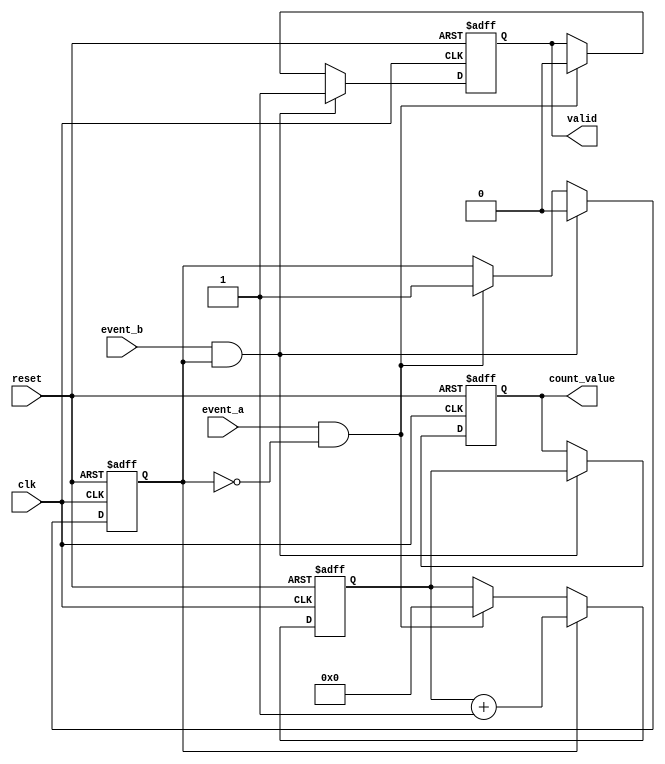
module TDC (
    input wire clk,          // High-frequency clock
    input wire reset,        // Asynchronous reset
    input wire event_a,      // Event A input
    input wire event_b,      // Event B input
    output reg [31:0] count_value, // Output count value
    output reg valid         // Output valid signal
);

    reg [31:0] counter;      // Counter for clock cycles
    reg counting;            // Counting state flag

    // State machine for TDC operation
    always @(posedge clk or posedge reset) begin
        if (reset) begin
            counter <= 32'b0;  // Reset counter
            count_value <= 32'b0; // Reset output value
            counting <= 1'b0;   // Reset counting state
            valid <= 1'b0;      // Reset valid signal
        end else begin
            if (event_a && !counting) begin
                // Start counting on Event A
                counting <= 1'b1;
                counter <= 32'b0; // Reset counter
                valid <= 1'b0;    // Reset valid signal
            end
            
            if (counting) begin
                counter <= counter + 1; // Increment counter on each clock cycle
            end
            
            if (event_b && counting) begin
                // Stop counting on Event B
                counting <= 1'b0;
                count_value <= counter; // Store count value
                valid <= 1'b1;          // Set valid signal
            end
        end
    end

endmodule